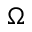
\Omega